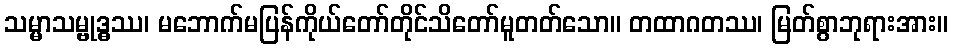
သမ္မာသမ္ဗုဒ္ဓဿ၊ မဘောက်မပြန်ကိုယ်တော်တိုင်သိတော်မူတတ်သော။ တထာဂတဿ၊ မြတ်စွာဘုရားအား။